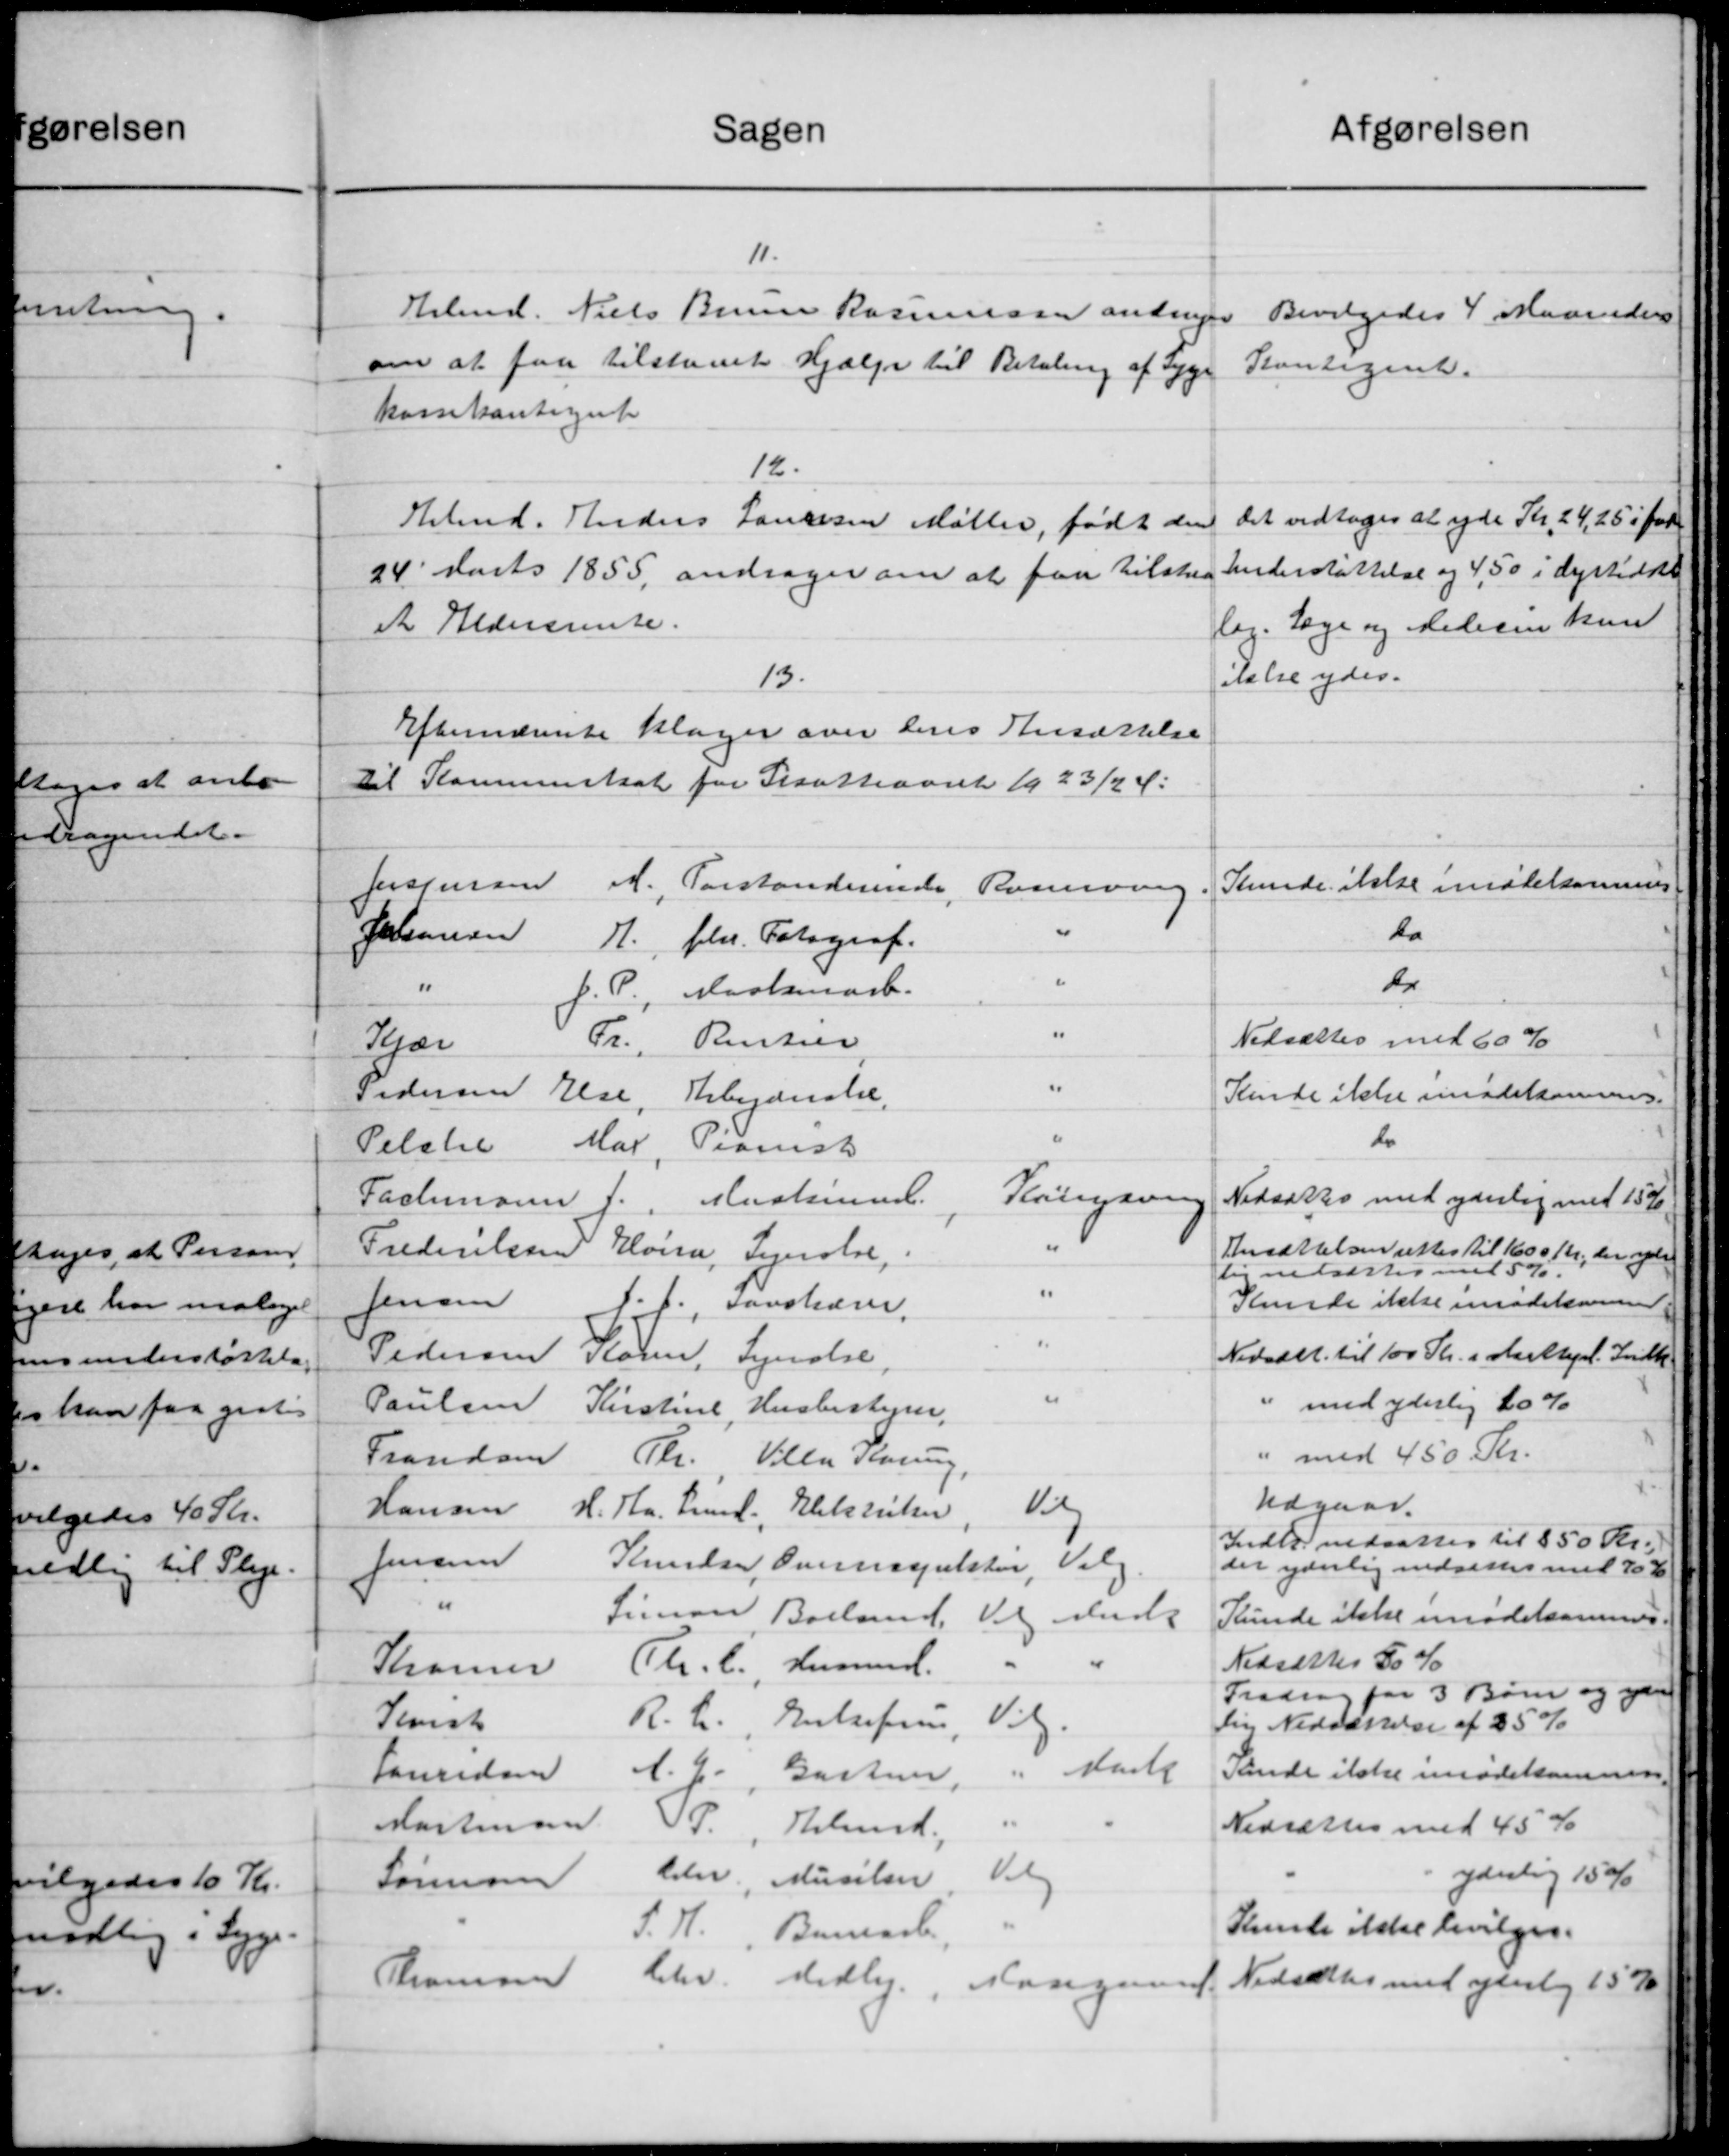
Transskription:
afgørelsen
Sagen
11.
Arbmd. Niels Benne Rasmussen andrager
Bevilgedes 4 Maaneders
om at faa tilstaaet Hjælp til Betaling af Syge
Kontiget.
kassekontiget
12.
det vedtoges at yde Kr. 24,25 i for
Hemd. Anders Laursen Møller, født den
Understøttelse og 4,50 i dyrtidsl
24 Marts 1855 andrager om at faa tilsted
lag. Læge og Medecin kun
et Aldersrente.
ialre ydes.
13.
Efternævnte klager over deres Ansættelse
til Kommuneskat for Skatteaaret 1923/2 4:
e
Kunde ikke imødekommes
Jensensen
A. Forstanderinde, Rosenvorg.
do
Johansen
fh. Fotograf.
1.
"
D
"
Maalmark.
fc.
0
Nedsættes med 60 %
Rentier
Fr.
Krær
"
Pedersen
Else
Kende ikke imødekommes.
Arbejderske
"
do
Mar
Pianist
Pelstil
Kristeren
Hustrimmel.
Nedsættes med yderlig med 15%
Fachmann,
f.
"
Frederiksen
Ansættelsen rettes til 1600 Kr., der yde
Hois, Synobe,
lig nedsættes med 5 %.
"
Jensen
Kunde ikke imødekommer
ff, Savskærer.
5
Pedersen
Nedsætt. til 100 Kr. i Aarttigel. Indk
Kom. Lyndelse,
"
"
med yderlig 20 %
Poulsen
Kirstine, Husbestyrer,
" med 450 Kr.
Frandom
Th., Ville Søring
Udgaar.
Vil
Hansen
H. H. Lund, Elektriker
Indtog nedsattes til 850 Kr.
Valg
Jensen
Skrivelser, Oversinspektør
der yderlig nedsættes med 70 K
"
Simon Bolland,
Kunde ikke imødetsommes
Vol du
Nedsættes 50 %
Th. C, Husmd.
Kramer
Fradrag for 3 Børn og yder
ig.
R. L. Enkefru
Sevist
lig Nedsættelse af 25 %
starte
Rende ikke imødekomme
Lauridsen
A. E. Gastue,
Mortensen
P., Thelund,
Nedsættes med 45 %
gderlig 15%
v
deler Musikse
Sørensen
Stunde ikke bevilges.
S. H. Banearb
Thomsen
behv. Vedlig, Mosgaard Nedsættes med gaarlig 15 K